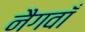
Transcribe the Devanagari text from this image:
नैगवाँ